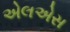
એલએસ